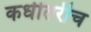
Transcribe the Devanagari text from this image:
कधीतरीच